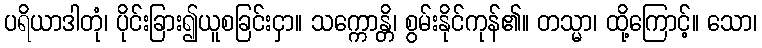
ပရိယာဒါတုံ၊ ပိုင်းခြား၍ယူစခြင်းငှာ။ သက္ကောန္တိ၊ စွမ်းနိုင်ကုန်၏။ တသ္မာ၊ ထို့ကြောင့်။ သော၊